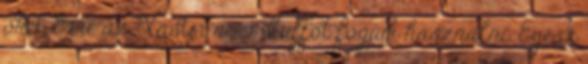
őket. Erre az Xastir nevű stuffot fogjuk használni. Egész